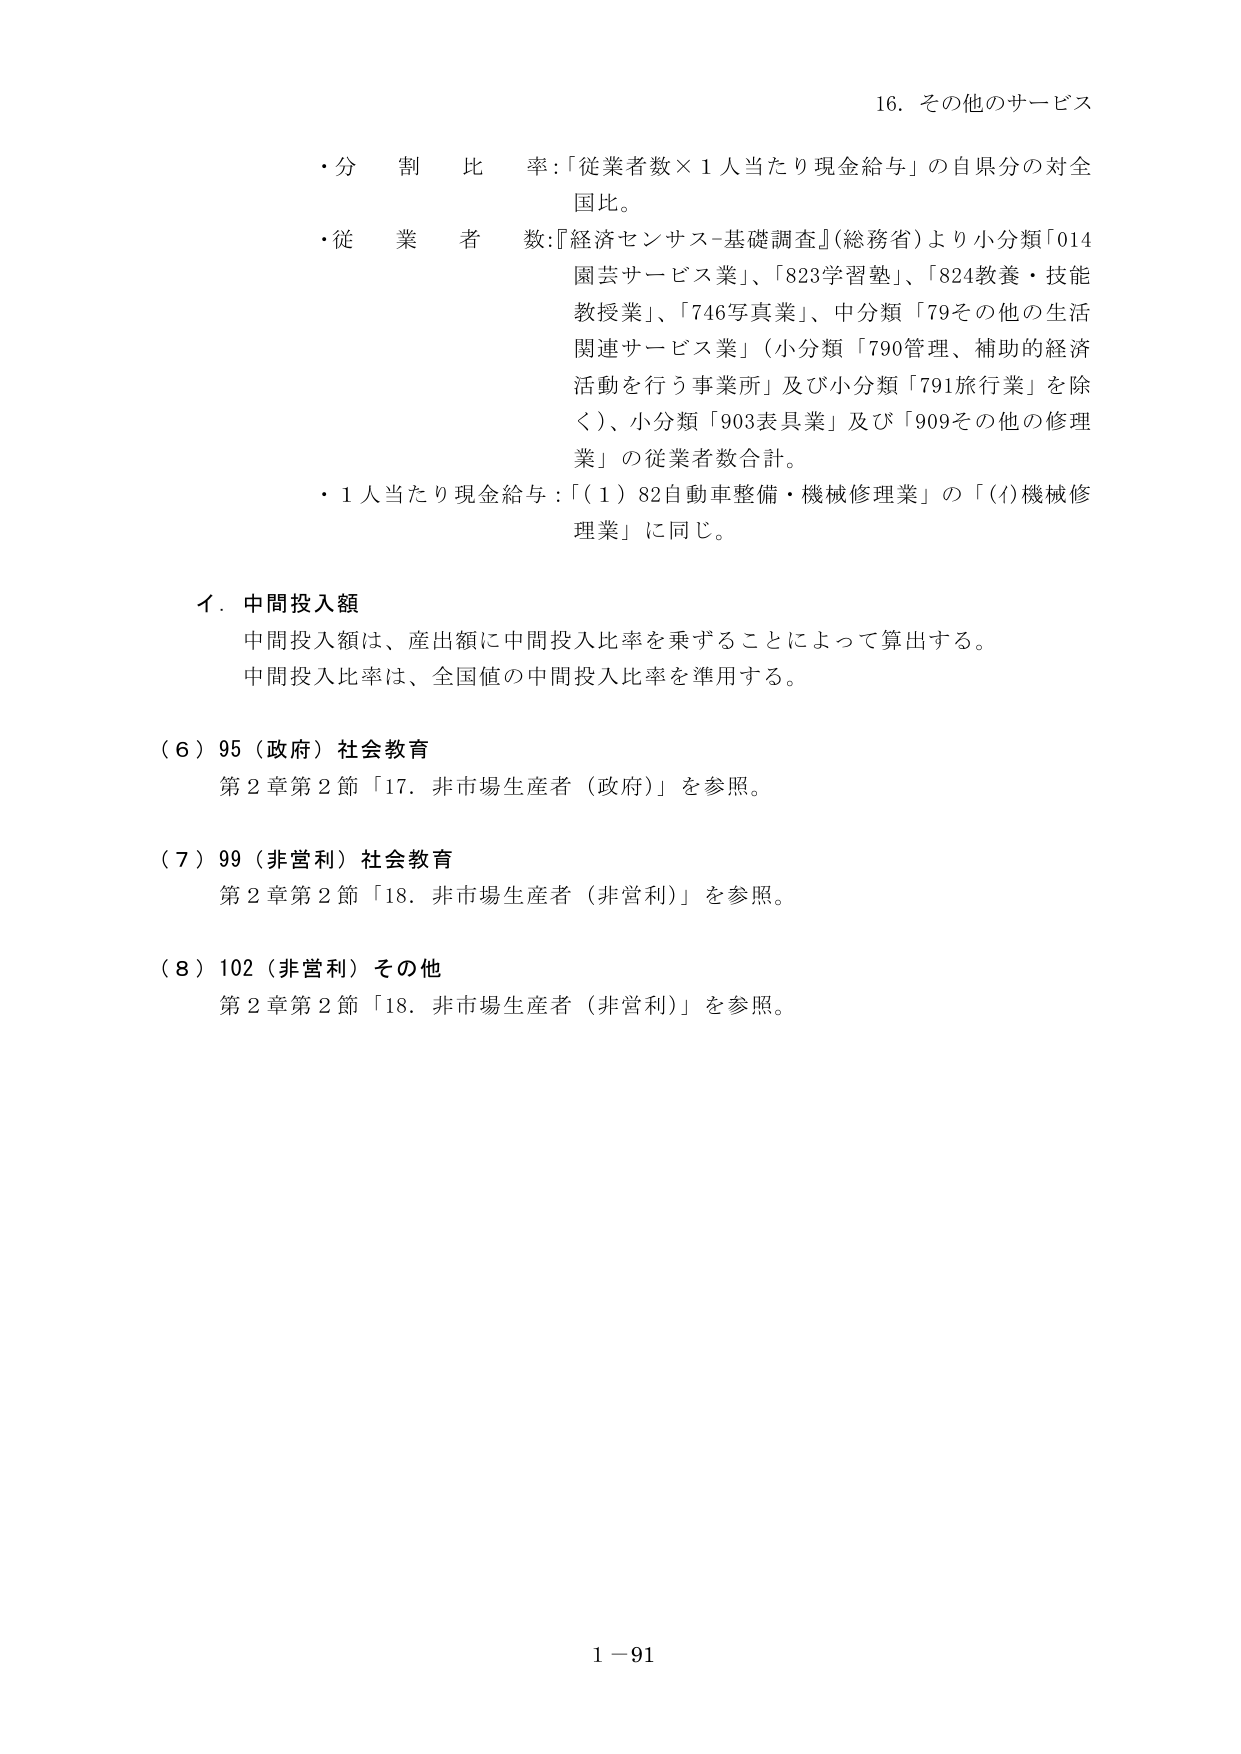
16. その他のサービス

・分割比率：「従業者数×1人当たり現金給与」の自県分の対全国比。

・従業者数：『経済センサス-基礎調査』（総務省）より小分類「014園芸サービス業」、「823学習塾」、「824教養・技能教授業」、「746写真業」、中分類「79その他の生活関連サービス業」（小分類「790管理、補助的経済活動を行う事業所」及び小分類「791旅行業」を除く）、小分類「903表具業」及び「909その他の修理業」の従業者数合計。

・1人当たり現金給与：「（1）82自動車整備・機械修理業」の「(4)機械修理業」に同じ。

イ．中間投入額

中間投入額は、産出額に中間投入比率を乗ずることによって算出する。

中間投入比率は、全国値の中間投入比率を準用する。

（6）95（政府）社会教育

第2章第2節「17．非市場生産者（政府）」を参照。

（7）99（非営利）社会教育

第2章第2節「18．非市場生産者（非営利）」を参照。

（8）102（非営利）その他

第2章第2節「18．非市場生産者（非営利）」を参照。

1－91